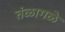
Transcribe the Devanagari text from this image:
तंळागळे